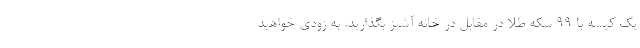
یک کیسه با 99 سکه طلا در مقابل در خانه آشپز بگذارید. به زودی خواهید